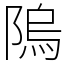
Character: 隖